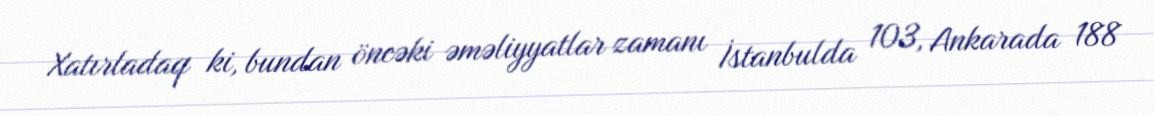
Xatırladaq ki, bundan öncəki əməliyyatlar zamanı İstanbulda 103, Ankarada 188